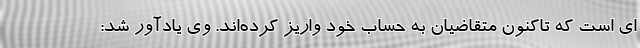
ای است که تاکنون متقاضیان به حساب خود واریز کرده‌اند. وی یادآور شد: